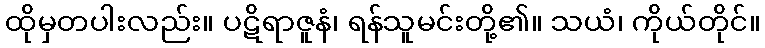
ထိုမှတပါးလည်း။ ပဋိရာဇူနံ၊ ရန်သူမင်းတို့၏။ သယံ၊ ကိုယ်တိုင်။